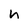
Character: n